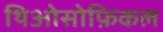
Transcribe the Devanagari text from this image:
थिओसोफ़िकल